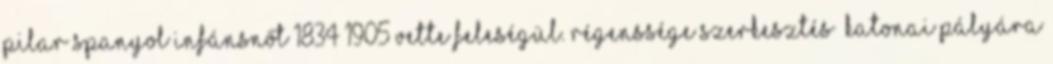
Pilar spanyol infánsnőt 1834–1905 vette feleségül. Régenssége szerkesztés Katonai pályára